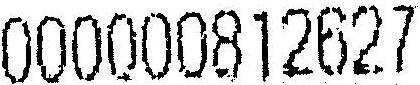
000000812627